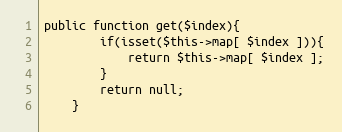
Language: PHP
public function get($index){
		if(isset($this->map[ $index ])){
			return $this->map[ $index ];
		}
		return null;
	}